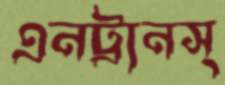
এনট্রানস্